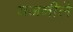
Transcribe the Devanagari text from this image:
वजनीले